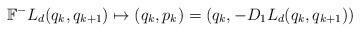
LaTeX: \begin{align*}\mathbb{F}^{-}L_d(q_k,q_{k+1}) \mapsto (q_{k},p_{k}) = (q_k,-D_1L_d(q_k,q_{k+1}))\end{align*}